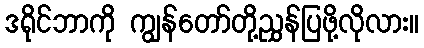
ဒရိုင်ဘာကို ကျွန်တော်တို့ညွှန်ပြဖို့လိုလား။